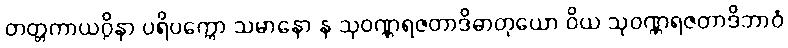
တတ္တကာယဂ္ဂိနာ ပရိပက္ကော သမာနော န သုဝဏ္ဏရဇတာဒိဓာတုယော ဝိယ သုဝဏ္ဏရဇတာဒိဘာဝံ